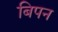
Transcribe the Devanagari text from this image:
बिपन